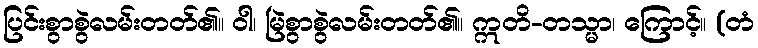
ပြင်းစွာစွဲလမ်းတတ်၏။ ဝါ၊ မြဲစွာစွဲလမ်းတတ်၏။ ဣတိ-တသ္မာ၊ ကြောင့်။ (တံ